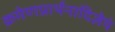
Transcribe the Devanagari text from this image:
क्रमेणप्रार्थनादिज्ञेयं